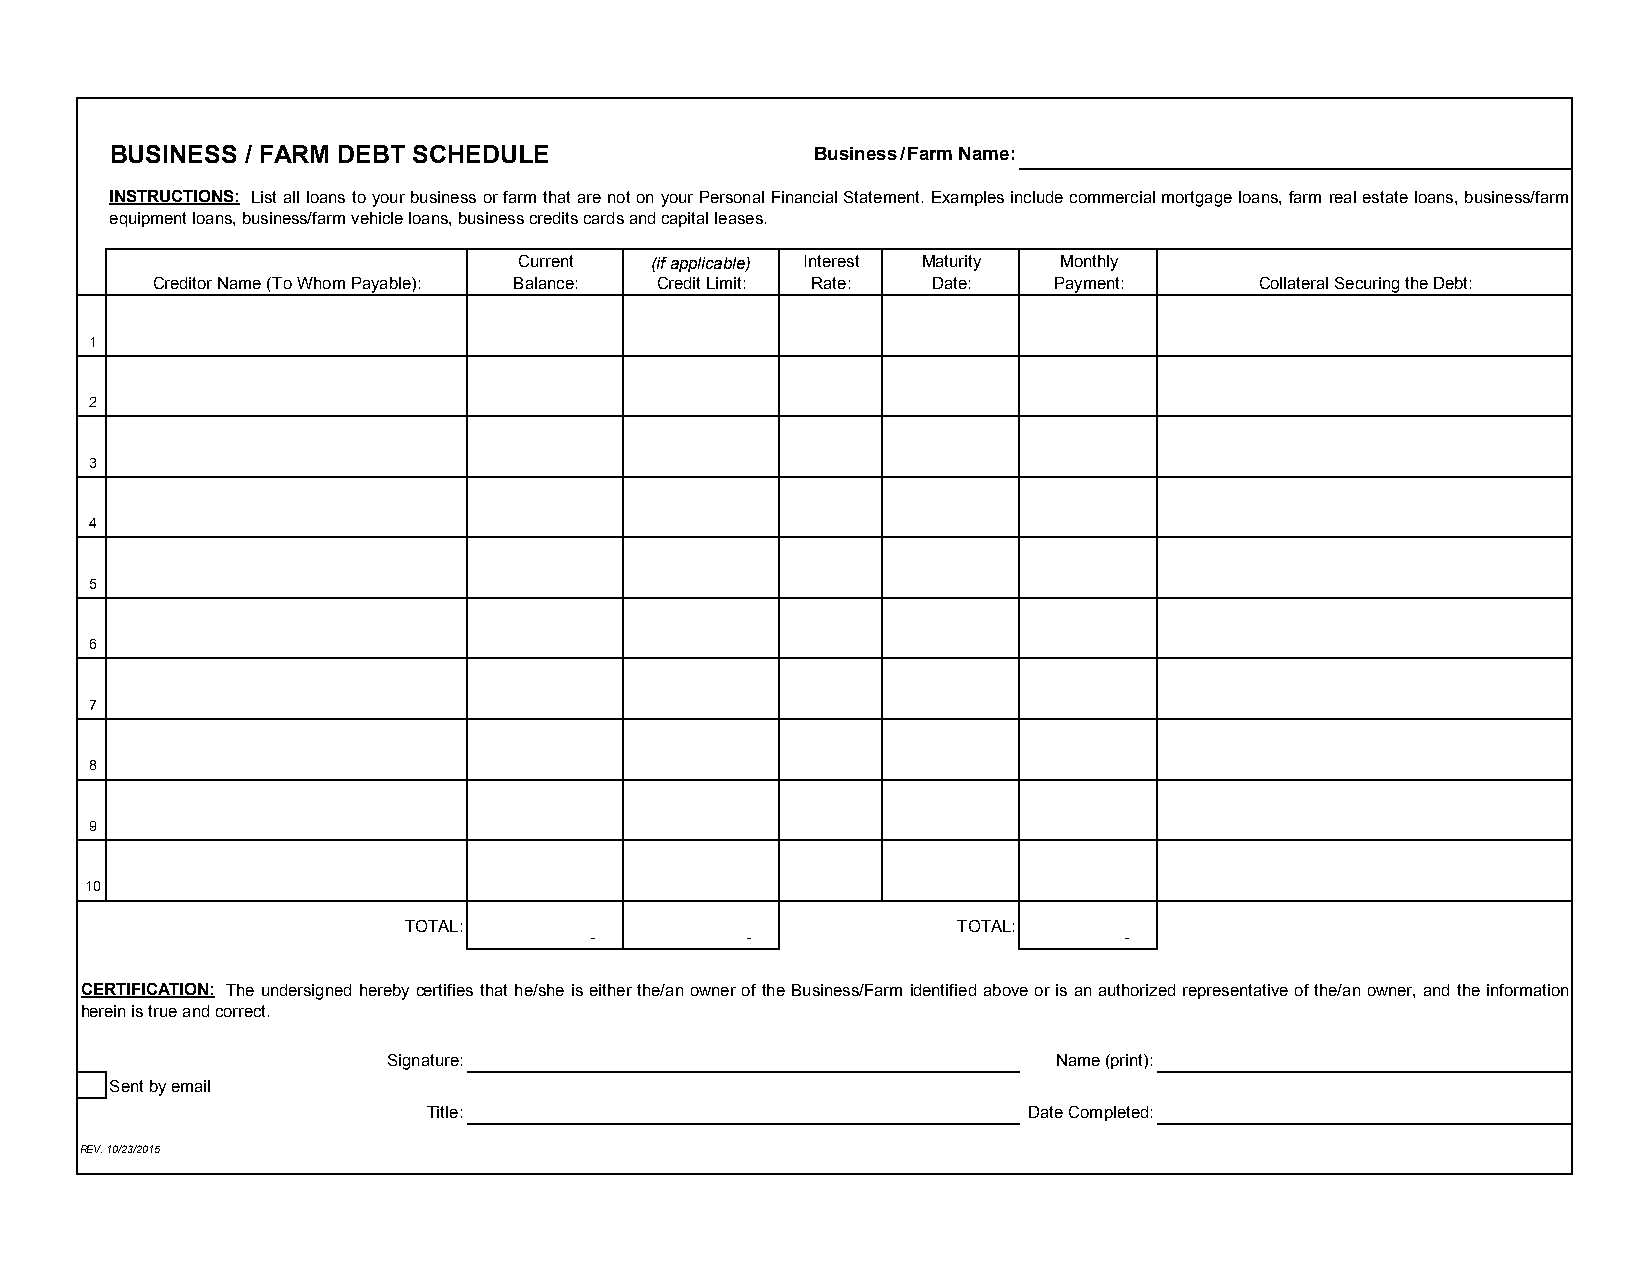
BUSINESS / FARM DEBT SCHEDULE                  Business/Farm Name:
 INSTRUCTIONS: Listallloanstoyourbusinessorfarm thatarenotonyourPersonalFinancialStatement.Examplesincludecommercialmortgageloans,farm realestateloans,business/farm
 equipment loans, business/farm vehicle loans, business credits cards and capital leases.
 Current  (if applicable) Interest Maturity Monthly
 Creditor Name (To Whom Payable): Balance: Credit Limit: Rate: Date: Payment: Collateral Securing the Debt:
 1
 2
 3
 4
 5
 6
 77
 8
 9
 10
 TOTAL:                              TOTAL:
 -         -                        -
 CERTIFICATION: Theundersignedherebycertifies that he/sheis eitherthe/anownerof theBusiness/Farm identifiedaboveorisanauthorizedrepresentativeofthe/anowner,andtheinformation
 herein is true and correct.
 Signature:                                  Name (print):
 Sent by email
 Title:                                  Date Completed:
 REV. 10/23/2015